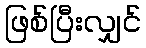
ဖြစ်ပြီးလျှင်